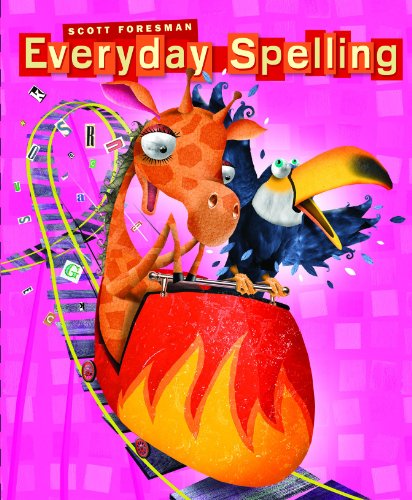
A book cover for Everyday Spelling (2008 STUDENT EDITION CONSUMABLE GRADE 4); Scott Foresman; Reference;